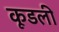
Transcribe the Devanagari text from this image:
कूडली